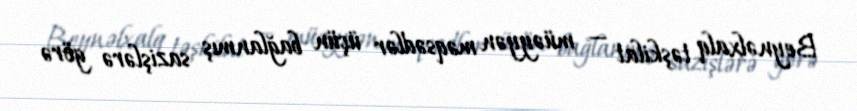
Beynəlxalq təşkilat — müəyyən məqsədlər üçün bağlanmış sazişlərə görə